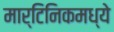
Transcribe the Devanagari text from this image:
मार्टिनिकमध्ये